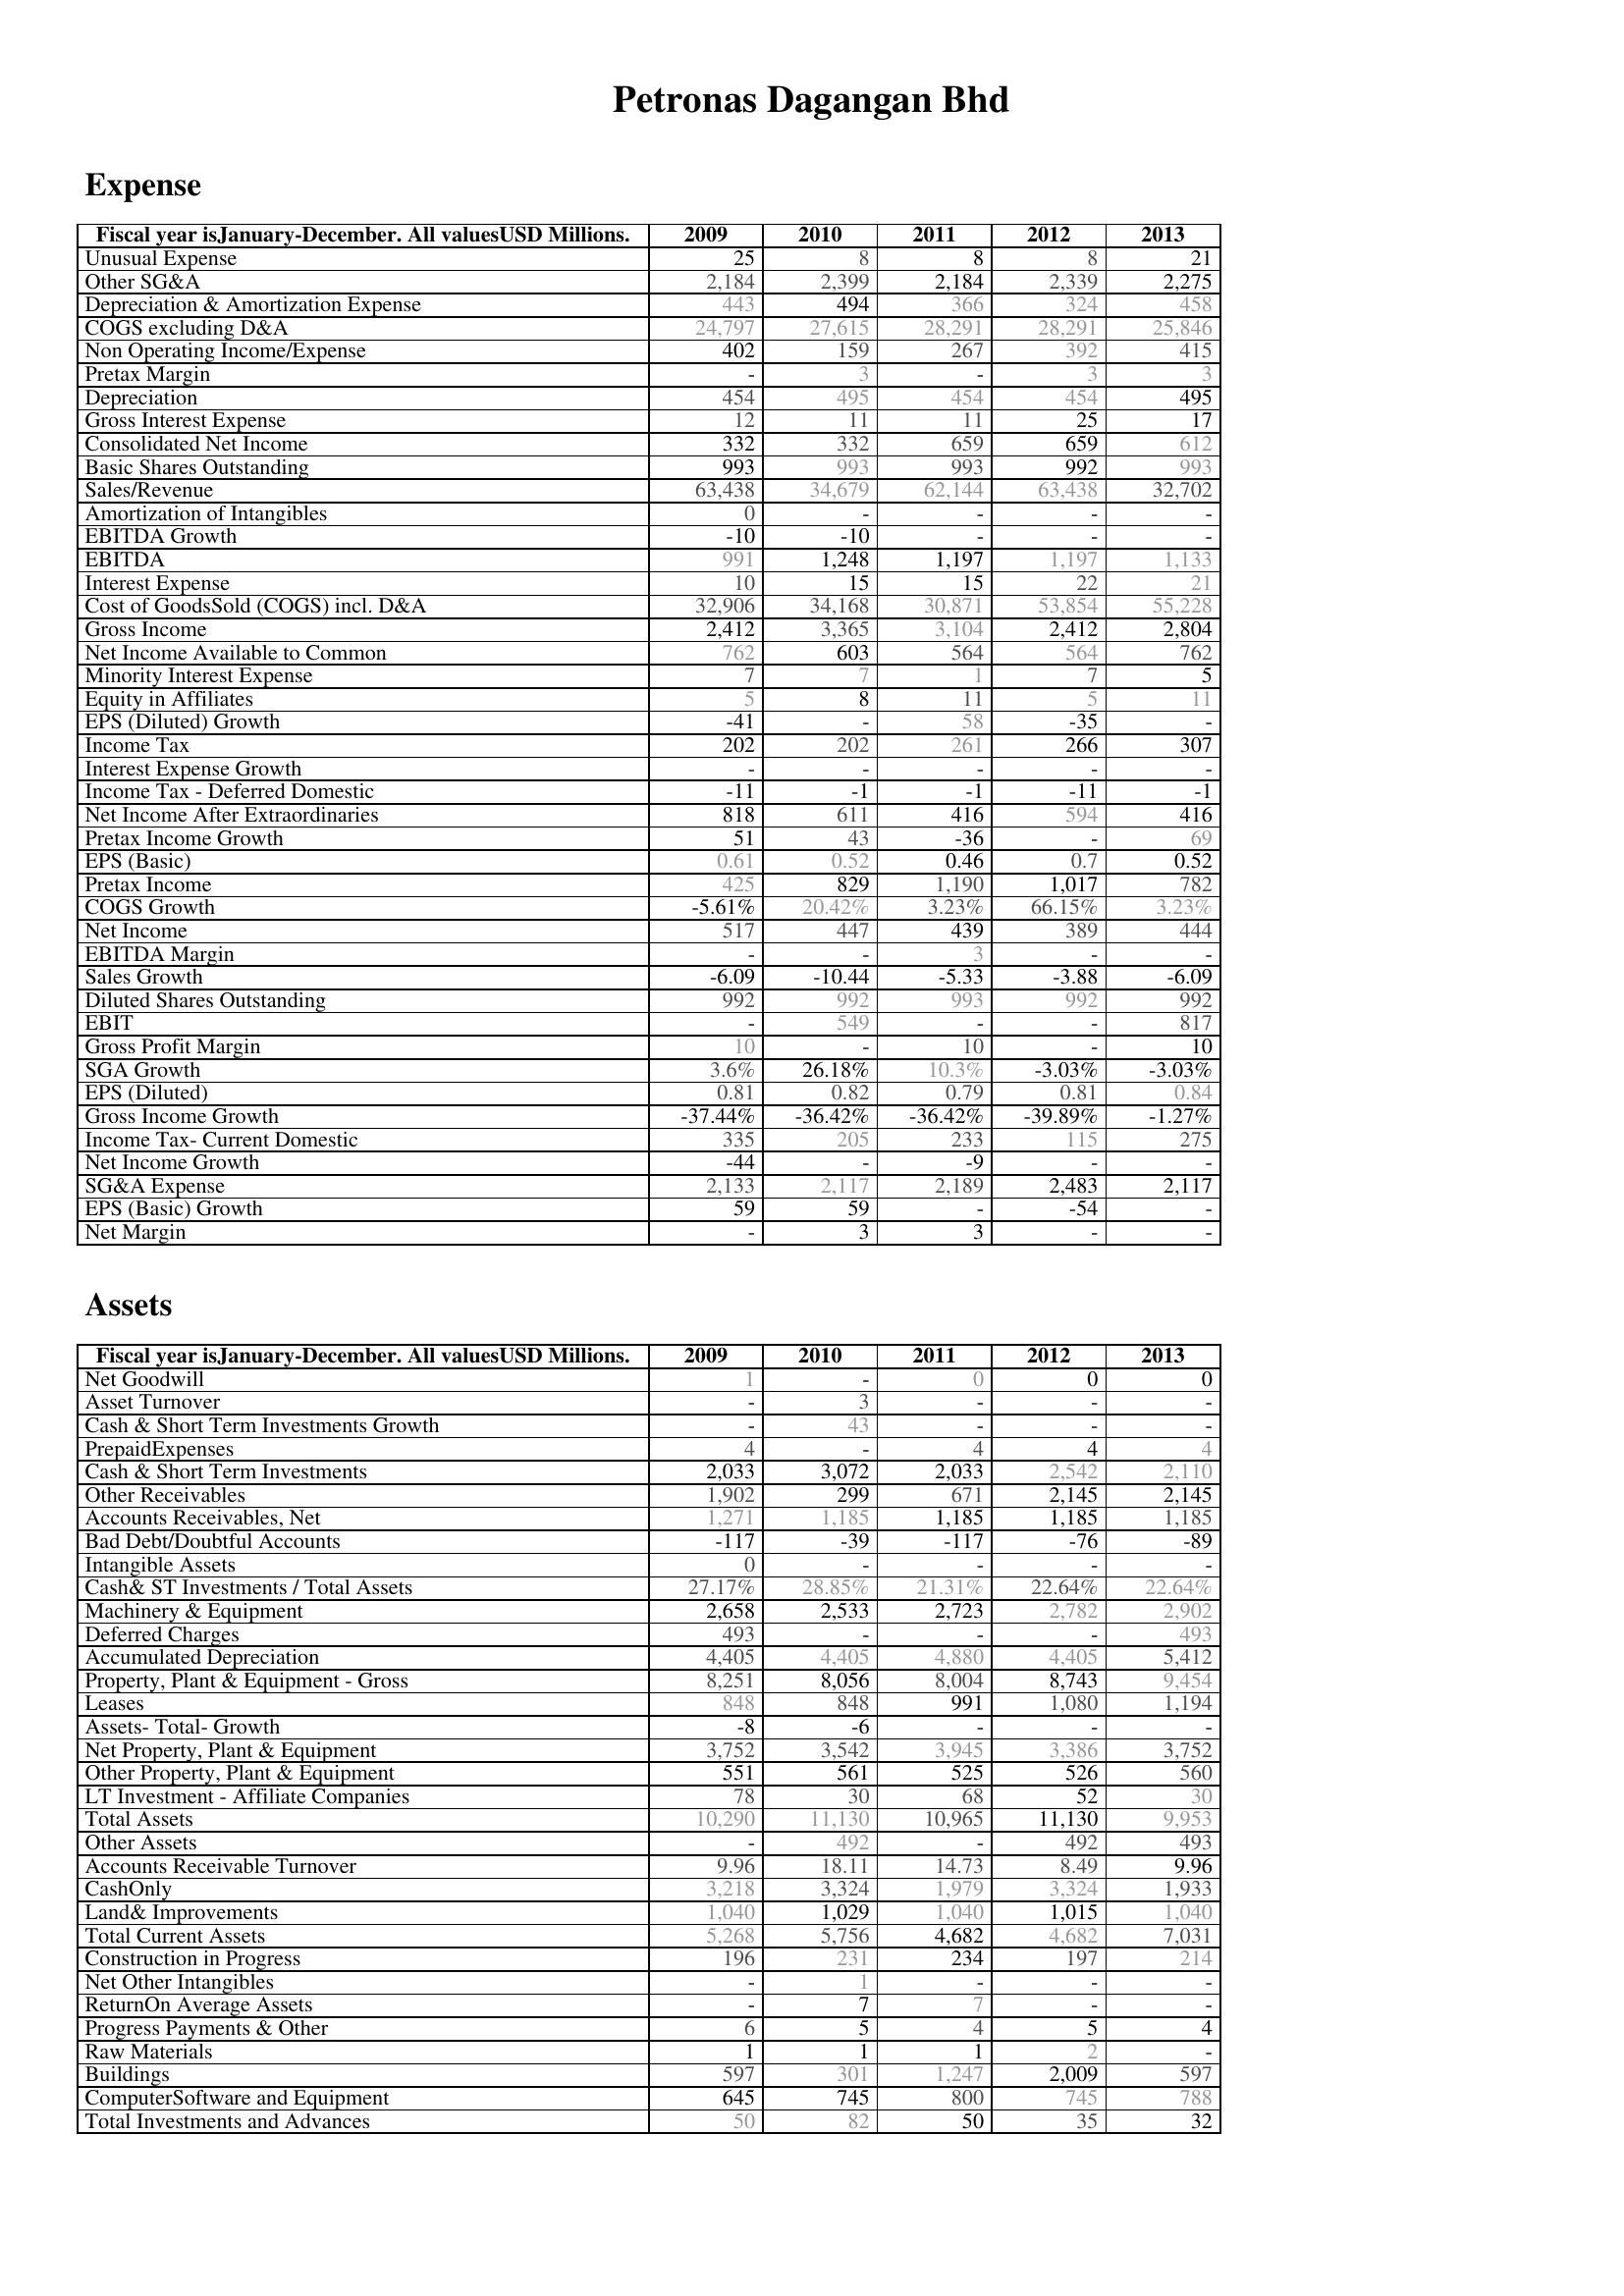
2009: Expense: Unusual Expense: 25
Other SG&A: 2,184
Depreciation & Amortization Expense: 443
COGS excluding D&A: 24,797
Non Operating Income/Expense: 402
Pretax Margin: -
Depreciation: 454
Gross Interest Expense: 12
Consolidated Net Income: 332
Basic Shares Outstanding: 993
Sales/Revenue: 63,438
Amortization of Intangibles: 0
EBITDA Growth: -10
EBITDA: 991
Interest Expense: 10
Cost of GoodsSold (COGS) incl. D&A: 32,906
Gross Income: 2,412
Net Income Available to Common: 762
Minority Interest Expense: 7
Equity in Affiliates: 5
EPS (Diluted) Growth: -41
Income Tax: 202
Interest Expense Growth: -
Income Tax - Deferred Domestic: -11
Net Income After Extraordinaries: 818
Pretax Income Growth: 51
EPS (Basic): 0.61
Pretax Income: 425
COGS Growth: -5.61%
Net Income: 517
EBITDA Margin: -
Sales Growth: -6.09
Diluted Shares Outstanding: 992
EBIT: -
Gross Profit Margin: 10
SGA Growth: 3.6%
EPS (Diluted): 0.81
Gross Income Growth: -37.44%
Income Tax- Current Domestic: 335
Net Income Growth: -44
SG&A Expense: 2,133
EPS (Basic) Growth: 59
Net Margin: -
Assets: Net Goodwill: 1
Asset Turnover: -
Cash & Short Term Investments Growth: -
PrepaidExpenses: 4
Cash & Short Term Investments: 2,033
Other Receivables: 1,902
Accounts Receivables, Net: 1,271
Bad Debt/Doubtful Accounts: -117
Intangible Assets: 0
Cash& ST Investments / Total Assets: 27.17%
Machinery & Equipment: 2,658
Deferred Charges: 493
Accumulated Depreciation: 4,405
Property, Plant & Equipment - Gross : 8,251
Leases: 848
Assets- Total- Growth: -8
Net Property, Plant & Equipment: 3,752
Other Property, Plant & Equipment: 551
LT Investment - Affiliate Companies: 78
Total Assets: 10,290
Other Assets: -
Accounts Receivable Turnover: 9.96
CashOnly: 3,218
Land& Improvements: 1,040
Total Current Assets: 5,268
Construction in Progress: 196
Net Other Intangibles: -
ReturnOn Average Assets: -
Progress Payments & Other: 6
Raw Materials: 1
Buildings: 597
ComputerSoftware and Equipment: 645
Total Investments and Advances: 50
2010: Expense: Unusual Expense: 8
Other SG&A: 2,399
Depreciation & Amortization Expense: 494
COGS excluding D&A: 27,615
Non Operating Income/Expense: 159
Pretax Margin: 3
Depreciation: 495
Gross Interest Expense: 11
Consolidated Net Income: 332
Basic Shares Outstanding: 993
Sales/Revenue: 34,679
Amortization of Intangibles: -
EBITDA Growth: -10
EBITDA: 1,248
Interest Expense: 15
Cost of GoodsSold (COGS) incl. D&A: 34,168
Gross Income: 3,365
Net Income Available to Common: 603
Minority Interest Expense: 7
Equity in Affiliates: 8
EPS (Diluted) Growth: -
Income Tax: 202
Interest Expense Growth: -
Income Tax - Deferred Domestic: -1
Net Income After Extraordinaries: 611
Pretax Income Growth: 43
EPS (Basic): 0.52
Pretax Income: 829
COGS Growth: 20.42%
Net Income: 447
EBITDA Margin: -
Sales Growth: -10.44
Diluted Shares Outstanding: 992
EBIT: 549
Gross Profit Margin: -
SGA Growth: 26.18%
EPS (Diluted): 0.82
Gross Income Growth: -36.42%
Income Tax- Current Domestic: 205
Net Income Growth: -
SG&A Expense: 2,117
EPS (Basic) Growth: 59
Net Margin: 3
Assets: Net Goodwill: -
Asset Turnover: 3
Cash & Short Term Investments Growth: 43
PrepaidExpenses: -
Cash & Short Term Investments: 3,072
Other Receivables: 299
Accounts Receivables, Net: 1,185
Bad Debt/Doubtful Accounts: -39
Intangible Assets: -
Cash& ST Investments / Total Assets: 28.85%
Machinery & Equipment: 2,533
Deferred Charges: -
Accumulated Depreciation: 4,405
Property, Plant & Equipment - Gross : 8,056
Leases: 848
Assets- Total- Growth: -6
Net Property, Plant & Equipment: 3,542
Other Property, Plant & Equipment: 561
LT Investment - Affiliate Companies: 30
Total Assets: 11,130
Other Assets: 492
Accounts Receivable Turnover: 18.11
CashOnly: 3,324
Land& Improvements: 1,029
Total Current Assets: 5,756
Construction in Progress: 231
Net Other Intangibles: 1
ReturnOn Average Assets: 7
Progress Payments & Other: 5
Raw Materials: 1
Buildings: 301
ComputerSoftware and Equipment: 745
Total Investments and Advances: 82
2011: Expense: Unusual Expense: 8
Other SG&A: 2,184
Depreciation & Amortization Expense: 366
COGS excluding D&A: 28,291
Non Operating Income/Expense: 267
Pretax Margin: -
Depreciation: 454
Gross Interest Expense: 11
Consolidated Net Income: 659
Basic Shares Outstanding: 993
Sales/Revenue: 62,144
Amortization of Intangibles: -
EBITDA Growth: -
EBITDA: 1,197
Interest Expense: 15
Cost of GoodsSold (COGS) incl. D&A: 30,871
Gross Income: 3,104
Net Income Available to Common: 564
Minority Interest Expense: 1
Equity in Affiliates: 11
EPS (Diluted) Growth: 58
Income Tax: 261
Interest Expense Growth: -
Income Tax - Deferred Domestic: -1
Net Income After Extraordinaries: 416
Pretax Income Growth: -36
EPS (Basic): 0.46
Pretax Income: 1,190
COGS Growth: 3.23%
Net Income: 439
EBITDA Margin: 3
Sales Growth: -5.33
Diluted Shares Outstanding: 993
EBIT: -
Gross Profit Margin: 10
SGA Growth: 10.3%
EPS (Diluted): 0.79
Gross Income Growth: -36.42%
Income Tax- Current Domestic: 233
Net Income Growth: -9
SG&A Expense: 2,189
EPS (Basic) Growth: -
Net Margin: 3
Assets: Net Goodwill: 0
Asset Turnover: -
Cash & Short Term Investments Growth: -
PrepaidExpenses: 4
Cash & Short Term Investments: 2,033
Other Receivables: 671
Accounts Receivables, Net: 1,185
Bad Debt/Doubtful Accounts: -117
Intangible Assets: -
Cash& ST Investments / Total Assets: 21.31%
Machinery & Equipment: 2,723
Deferred Charges: -
Accumulated Depreciation: 4,880
Property, Plant & Equipment - Gross : 8,004
Leases: 991
Assets- Total- Growth: -
Net Property, Plant & Equipment: 3,945
Other Property, Plant & Equipment: 525
LT Investment - Affiliate Companies: 68
Total Assets: 10,965
Other Assets: -
Accounts Receivable Turnover: 14.73
CashOnly: 1,979
Land& Improvements: 1,040
Total Current Assets: 4,682
Construction in Progress: 234
Net Other Intangibles: -
ReturnOn Average Assets: 7
Progress Payments & Other: 4
Raw Materials: 1
Buildings: 1,247
ComputerSoftware and Equipment: 800
Total Investments and Advances: 50
2012: Expense: Unusual Expense: 8
Other SG&A: 2,339
Depreciation & Amortization Expense: 324
COGS excluding D&A: 28,291
Non Operating Income/Expense: 392
Pretax Margin: 3
Depreciation: 454
Gross Interest Expense: 25
Consolidated Net Income: 659
Basic Shares Outstanding: 992
Sales/Revenue: 63,438
Amortization of Intangibles: -
EBITDA Growth: -
EBITDA: 1,197
Interest Expense: 22
Cost of GoodsSold (COGS) incl. D&A: 53,854
Gross Income: 2,412
Net Income Available to Common: 564
Minority Interest Expense: 7
Equity in Affiliates: 5
EPS (Diluted) Growth: -35
Income Tax: 266
Interest Expense Growth: -
Income Tax - Deferred Domestic: -11
Net Income After Extraordinaries: 594
Pretax Income Growth: -
EPS (Basic): 0.7
Pretax Income: 1,017
COGS Growth: 66.15%
Net Income: 389
EBITDA Margin: -
Sales Growth: -3.88
Diluted Shares Outstanding: 992
EBIT: -
Gross Profit Margin: -
SGA Growth: -3.03%
EPS (Diluted): 0.81
Gross Income Growth: -39.89%
Income Tax- Current Domestic: 115
Net Income Growth: -
SG&A Expense: 2,483
EPS (Basic) Growth: -54
Net Margin: -
Assets: Net Goodwill: 0
Asset Turnover: -
Cash & Short Term Investments Growth: -
PrepaidExpenses: 4
Cash & Short Term Investments: 2,542
Other Receivables: 2,145
Accounts Receivables, Net: 1,185
Bad Debt/Doubtful Accounts: -76
Intangible Assets: -
Cash& ST Investments / Total Assets: 22.64%
Machinery & Equipment: 2,782
Deferred Charges: -
Accumulated Depreciation: 4,405
Property, Plant & Equipment - Gross : 8,743
Leases: 1,080
Assets- Total- Growth: -
Net Property, Plant & Equipment: 3,386
Other Property, Plant & Equipment: 526
LT Investment - Affiliate Companies: 52
Total Assets: 11,130
Other Assets: 492
Accounts Receivable Turnover: 8.49
CashOnly: 3,324
Land& Improvements: 1,015
Total Current Assets: 4,682
Construction in Progress: 197
Net Other Intangibles: -
ReturnOn Average Assets: -
Progress Payments & Other: 5
Raw Materials: 2
Buildings: 2,009
ComputerSoftware and Equipment: 745
Total Investments and Advances: 35
2013: Expense: Unusual Expense: 21
Other SG&A: 2,275
Depreciation & Amortization Expense: 458
COGS excluding D&A: 25,846
Non Operating Income/Expense: 415
Pretax Margin: 3
Depreciation: 495
Gross Interest Expense: 17
Consolidated Net Income: 612
Basic Shares Outstanding: 993
Sales/Revenue: 32,702
Amortization of Intangibles: -
EBITDA Growth: -
EBITDA: 1,133
Interest Expense: 21
Cost of GoodsSold (COGS) incl. D&A: 55,228
Gross Income: 2,804
Net Income Available to Common: 762
Minority Interest Expense: 5
Equity in Affiliates: 11
EPS (Diluted) Growth: -
Income Tax: 307
Interest Expense Growth: -
Income Tax - Deferred Domestic: -1
Net Income After Extraordinaries: 416
Pretax Income Growth: 69
EPS (Basic): 0.52
Pretax Income: 782
COGS Growth: 3.23%
Net Income: 444
EBITDA Margin: -
Sales Growth: -6.09
Diluted Shares Outstanding: 992
EBIT: 817
Gross Profit Margin: 10
SGA Growth: -3.03%
EPS (Diluted): 0.84
Gross Income Growth: -1.27%
Income Tax- Current Domestic: 275
Net Income Growth: -
SG&A Expense: 2,117
EPS (Basic) Growth: -
Net Margin: -
Assets: Net Goodwill: 0
Asset Turnover: -
Cash & Short Term Investments Growth: -
PrepaidExpenses: 4
Cash & Short Term Investments: 2,110
Other Receivables: 2,145
Accounts Receivables, Net: 1,185
Bad Debt/Doubtful Accounts: -89
Intangible Assets: -
Cash& ST Investments / Total Assets: 22.64%
Machinery & Equipment: 2,902
Deferred Charges: 493
Accumulated Depreciation: 5,412
Property, Plant & Equipment - Gross : 9,454
Leases: 1,194
Assets- Total- Growth: -
Net Property, Plant & Equipment: 3,752
Other Property, Plant & Equipment: 560
LT Investment - Affiliate Companies: 30
Total Assets: 9,953
Other Assets: 493
Accounts Receivable Turnover: 9.96
CashOnly: 1,933
Land& Improvements: 1,040
Total Current Assets: 7,031
Construction in Progress: 214
Net Other Intangibles: -
ReturnOn Average Assets: -
Progress Payments & Other: 4
Raw Materials: -
Buildings: 597
ComputerSoftware and Equipment: 788
Total Investments and Advances: 32